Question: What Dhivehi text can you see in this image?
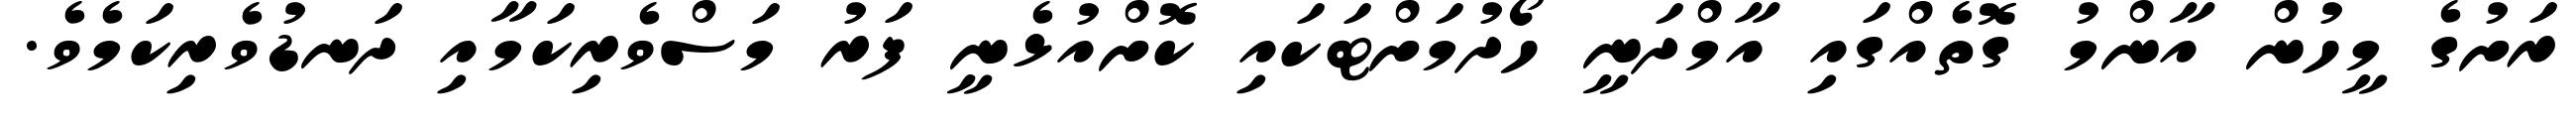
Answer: ރަށުގެ މީހުން އާންމު ގޮތެއްގައި އާމްދަނީ ހޯދުމަށްޓަކައި ކޮށްއުޅެނީ ފަރު މަސްވެރިކަމާއި ދަނޑުވެރިކަމެވެ.